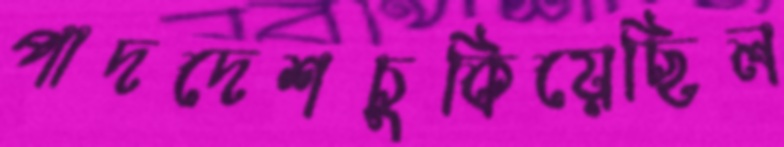
পাদদেশচুকিয়েছিল